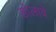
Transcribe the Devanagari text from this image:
डोलावें